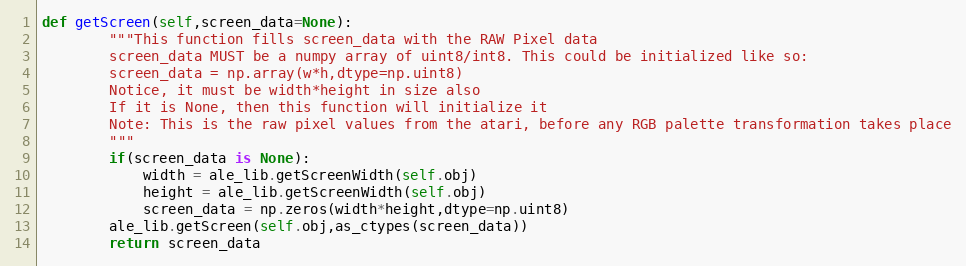
Language: Python
def getScreen(self,screen_data=None):
        """This function fills screen_data with the RAW Pixel data
        screen_data MUST be a numpy array of uint8/int8. This could be initialized like so:
        screen_data = np.array(w*h,dtype=np.uint8)
        Notice, it must be width*height in size also
        If it is None, then this function will initialize it
        Note: This is the raw pixel values from the atari, before any RGB palette transformation takes place
        """
        if(screen_data is None):
            width = ale_lib.getScreenWidth(self.obj)
            height = ale_lib.getScreenWidth(self.obj)
            screen_data = np.zeros(width*height,dtype=np.uint8)
        ale_lib.getScreen(self.obj,as_ctypes(screen_data))
        return screen_data